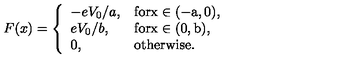
F ( x ) = \left\{ \begin{array} { l l } { - { e V _ { 0 } / a } , } & { \mathrm { f o r x \in ( - a , 0 ) } , } \\ { { e V _ { 0 } / b } , } & { \mathrm { f o r x \in ( 0 , b ) } , } \\ { 0 , } & { \mathrm { o t h e r w i s e } . } \\ \end{array} \right.